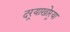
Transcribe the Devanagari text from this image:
दर्‍याखोर्‍या